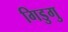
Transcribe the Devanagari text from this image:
गिडुगु